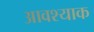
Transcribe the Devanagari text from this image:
आवश्याक